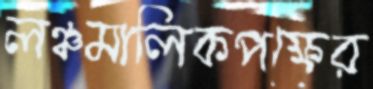
লঞ্চমালিকপক্ষের